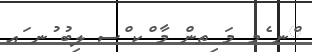
ްނ ެމ މަ ިތން މާ ްކ ްސ ލިބު ުނ ައ